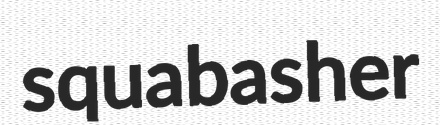
squabasher